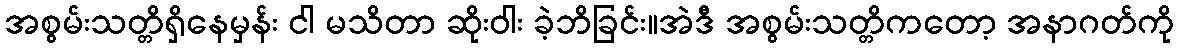
အစွမ်းသတ္တိရှိနေမှန်း ငါ မသိတာ ဆိုးဝါး ခဲ့ဘိခြင်း။အဲဒီ အစွမ်းသတ္တိကတော့ အနာဂတ်ကို